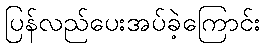
ပြန်လည်ပေးအပ်ခဲ့ကြောင်း